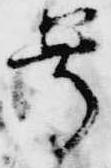
尊